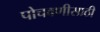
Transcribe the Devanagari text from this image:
पोचवणीसाठी